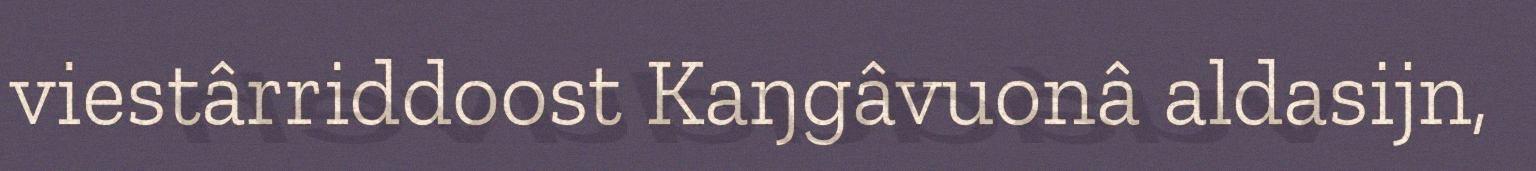
viestârriddoost Kaŋgâvuonâ aldasijn,